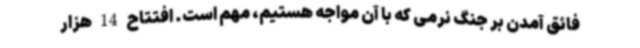
فائق آمدن بر جنگ نرمی که با آن مواجه هستیم، مهم است. افتتاح 14 هزار